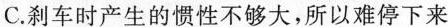
C.刹车时产生的惯性不够大，所以难停下来